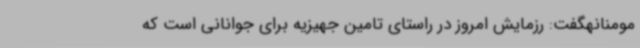
مومنانهگفت: رزمایش امروز در راستای تامین جهیزیه برای جوانانی است که